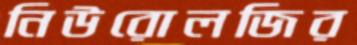
নিউরোলজির